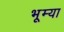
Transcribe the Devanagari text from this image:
भूम्या